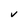
Character: V